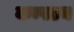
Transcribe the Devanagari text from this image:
कम्पटन